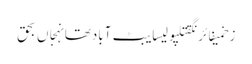
زخمیفائرنگقتلپولیسایبٹ آبادتھانہجاں بحق